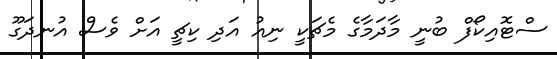
ސްޓޮއިކޯފް ބުނީ މާދަމާގެ މެޗަކީ ނިއު އަދި ކިޗީ އަށް ވެސް އުނދަގޫ